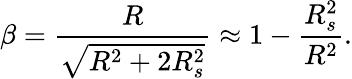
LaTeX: \beta={\frac{R}{\sqrt{R^{2}+2R_{s}^{2}}}}\approx 1-{\frac{R_{s}^{2}}{R^{2}}}.